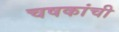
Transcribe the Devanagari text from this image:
चषकांची